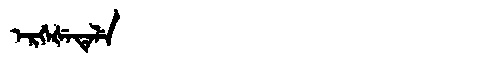
Manchu: ᡝᡵᡤᡝᡧᡝᡨᡝᠯᡝ
Romanization: ERGEŠETELE